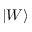
| W \rangle